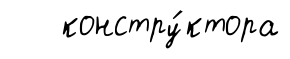
констру́ктора